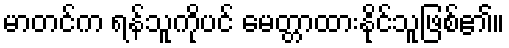
မာတင်က ရန်သူကိုပင် မေတ္တာထားနိုင်သူဖြစ်၏။